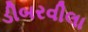
ડીબરવીલા